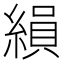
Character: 縜